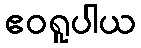
ဧဝရူပါယ